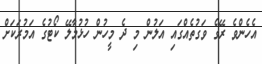
އެހެންވެ ރޭގެ ވަގުތެއްގައި އަލުން މި ދެ މީހުން ހުޅުމާލޭ ކޯޓުގެ އަމުރަކަށް